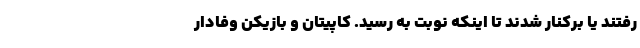
رفتند یا برکنار شدند تا اینکه نوبت به رسید. کاپیتان و بازیکن وفادار